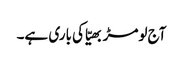
آج لومڑ بھیّا کی باری ہے۔